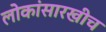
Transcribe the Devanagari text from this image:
लोकांसारखीच